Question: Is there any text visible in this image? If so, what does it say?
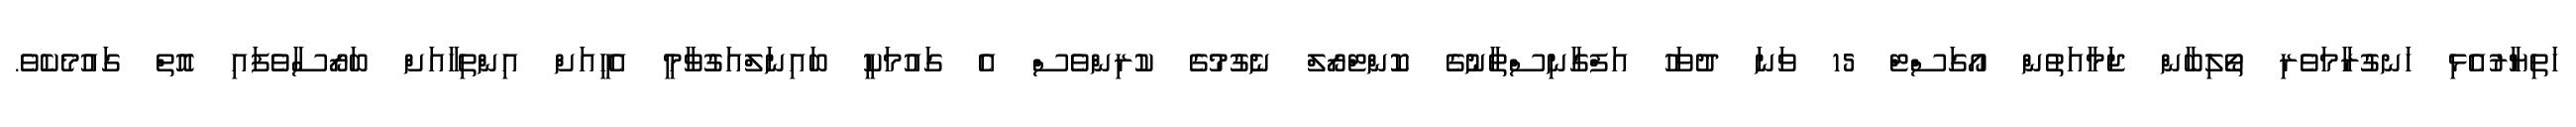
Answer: ހަތިޔާރުއެޅި ހަނގުރާމަވެރި ތޯލިބާން ޖަމާއަތުން އޯގަސްޓް 15 ވަނަ ދުވަހު އަފްގާނިސްތާނުގެ ކޮންޓްރޯލް ނެގުމުގެ ކުރިންވެސް އެ ގައުމަކީ ބައިނަލްއަގުވާމީ އެހީއަށް އިންތިހާއަށް ބަރޯސާވެފައި އޮތް ގައުމެކެވެ.